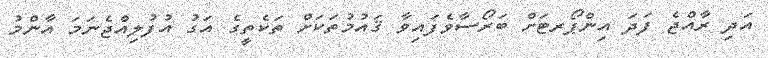
އަދި ރާއްޖެ ފަދަ އިންޕޯރޓަށް ބަރޯސާވެފައިވާ ޤައުމުތަކަށް ތަކެތީގެ އަގު އުފުލިއްޖެނަމަ އާންމު